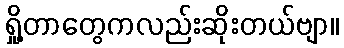
ရှို့တာတွေကလည်းဆိုးတယ်ဗျာ။